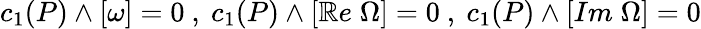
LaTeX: c_{1}(P)\wedge[\omega]=0~,~c_{1}(P)\wedge[\mathbb{R}e\; \Omega]=0~,~c_{1}(P)\wedge[Im\; \Omega]=0